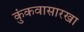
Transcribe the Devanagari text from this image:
कुंकवासारखा